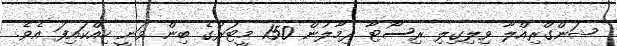
ޝަންގްރިއްލާ ވިލިގިލި ރިސޯޓާ ދިމާލުން 150 މީޓަރުގެ ބިން ވަނީ ހިއްކައިފަ އެވެ.